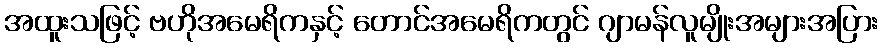
အထူးသဖြင့် ဗဟိုအမေရိကနှင့် တောင်အမေရိကတွင် ဂျာမန်လူမျိုးအများအပြား